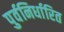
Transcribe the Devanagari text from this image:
पुर्वनिर्धारित